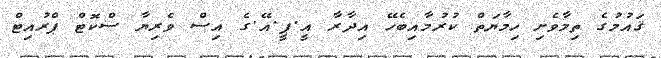
ޤައުމުގެ ތިމާވެށި ހިމާޔަތް ކުރުމާއިބެހޭ އިދާރާ އީ.ޕީ.އޭ.ގެ އިސް ވެރިޔާ ސްކޮޓް ޕްރުއިޓް